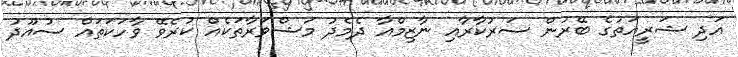
އަދި ޝަރީއަތުގެ ބޭރުން ސަރުކާރާއި ނާޒިމްއާ ދެމެދު މަޝްވަރާތަކެއް ކުރެވޭ ވާހަކަތައް ސުއޫދު